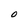
Character: 0